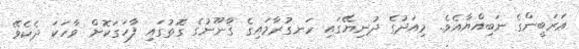
ޢަރަބީންގެ ނަބިއްޔާއެވެ. މިއަދުގެ ދުނިޔޭގައި ހަނގުރާމައިގެ ޤާނޫނުގެ ގޮތުގައި ފާހަގަކޮށް ވާހަކަ ދެކެވޭ